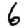
Digit: 6